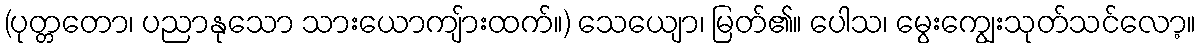
(ပုတ္တတော၊ ပညာနုသော သားယောကျ်ားထက်။) သေယျော၊ မြတ်၏။ ပေါသ၊ မွေးကျွေးသုတ်သင်လော့။